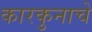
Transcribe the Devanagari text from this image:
कारकुनाचे